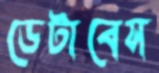
ডেটাবেস